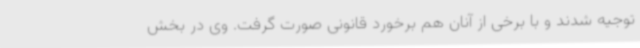
توجیه شدند و با برخی از آنان هم برخورد قانونی صورت گرفت. وی در بخش